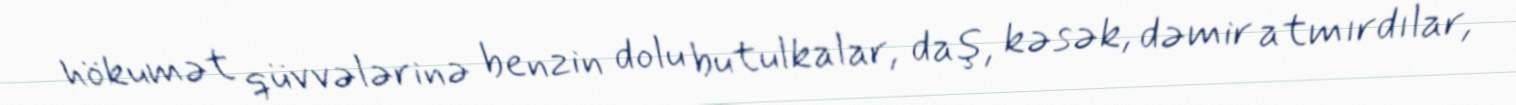
hökumət qüvvələrinə benzin dolu butulkalar, daş, kəsək, dəmir atmırdılar,